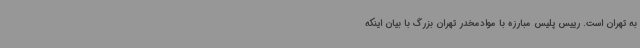
به تهران است. رییس پلیس مبارزه با موادمخدر تهران بزرگ با بیان اینکه